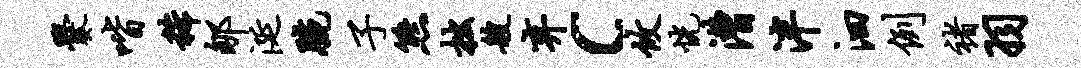
爨喈稀郇涎腕子熊拙艘弃c攸恍漕泮汩例褚羽